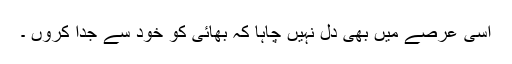
اسی عرصے میں بھی دل نہیں چاہا کہ بھائی کو خود سے جدا کروں ۔